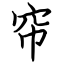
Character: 帘